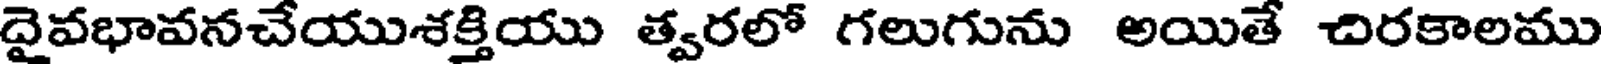
దైవభావనచేయుశక్తియు త్వరలో గలుగును అయితే చిరకాలము